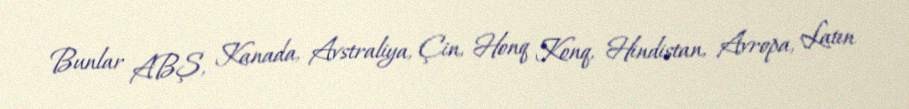
Bunlar ABŞ, Kanada, Avstraliya, Çin, Honq Konq, Hindistan, Avropa, Latın